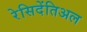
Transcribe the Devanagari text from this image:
रेसिदेंतिअल